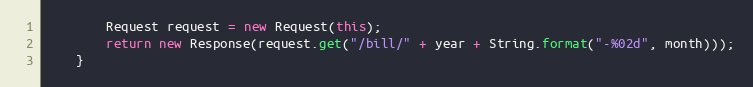
Language: Java
        Request request = new Request(this);
        return new Response(request.get("/bill/" + year + String.format("-%02d", month)));
    }